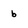
Character: b